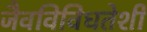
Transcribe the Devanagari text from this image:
जैवविविधतेशी